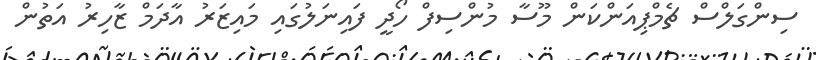
ސިންގަލްސް ޗެމްޕިއަންކަން މޫސާ މުންސިފް ހޯދީ ފައިނަލުގައި މައިޒަރު އާދަމް ޒާހިރު އަތުން